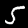
Label: 5